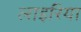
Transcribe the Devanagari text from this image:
लाइरिया